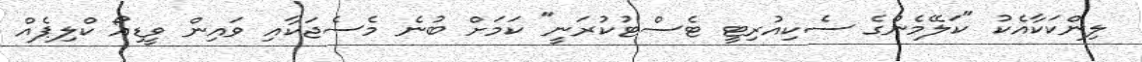
ލިންކަކާއެކު "ކަލޭމެންގެ ސެކިއުރިޓީ ޓެސްޓުކުރަނީ" ކަމަށް ބުނެ މެސެޖަކާއި ވައިން ވީޑިއޯ ކްލިޕެއް